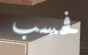
فحسب